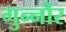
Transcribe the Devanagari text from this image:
गुन्‍नौर